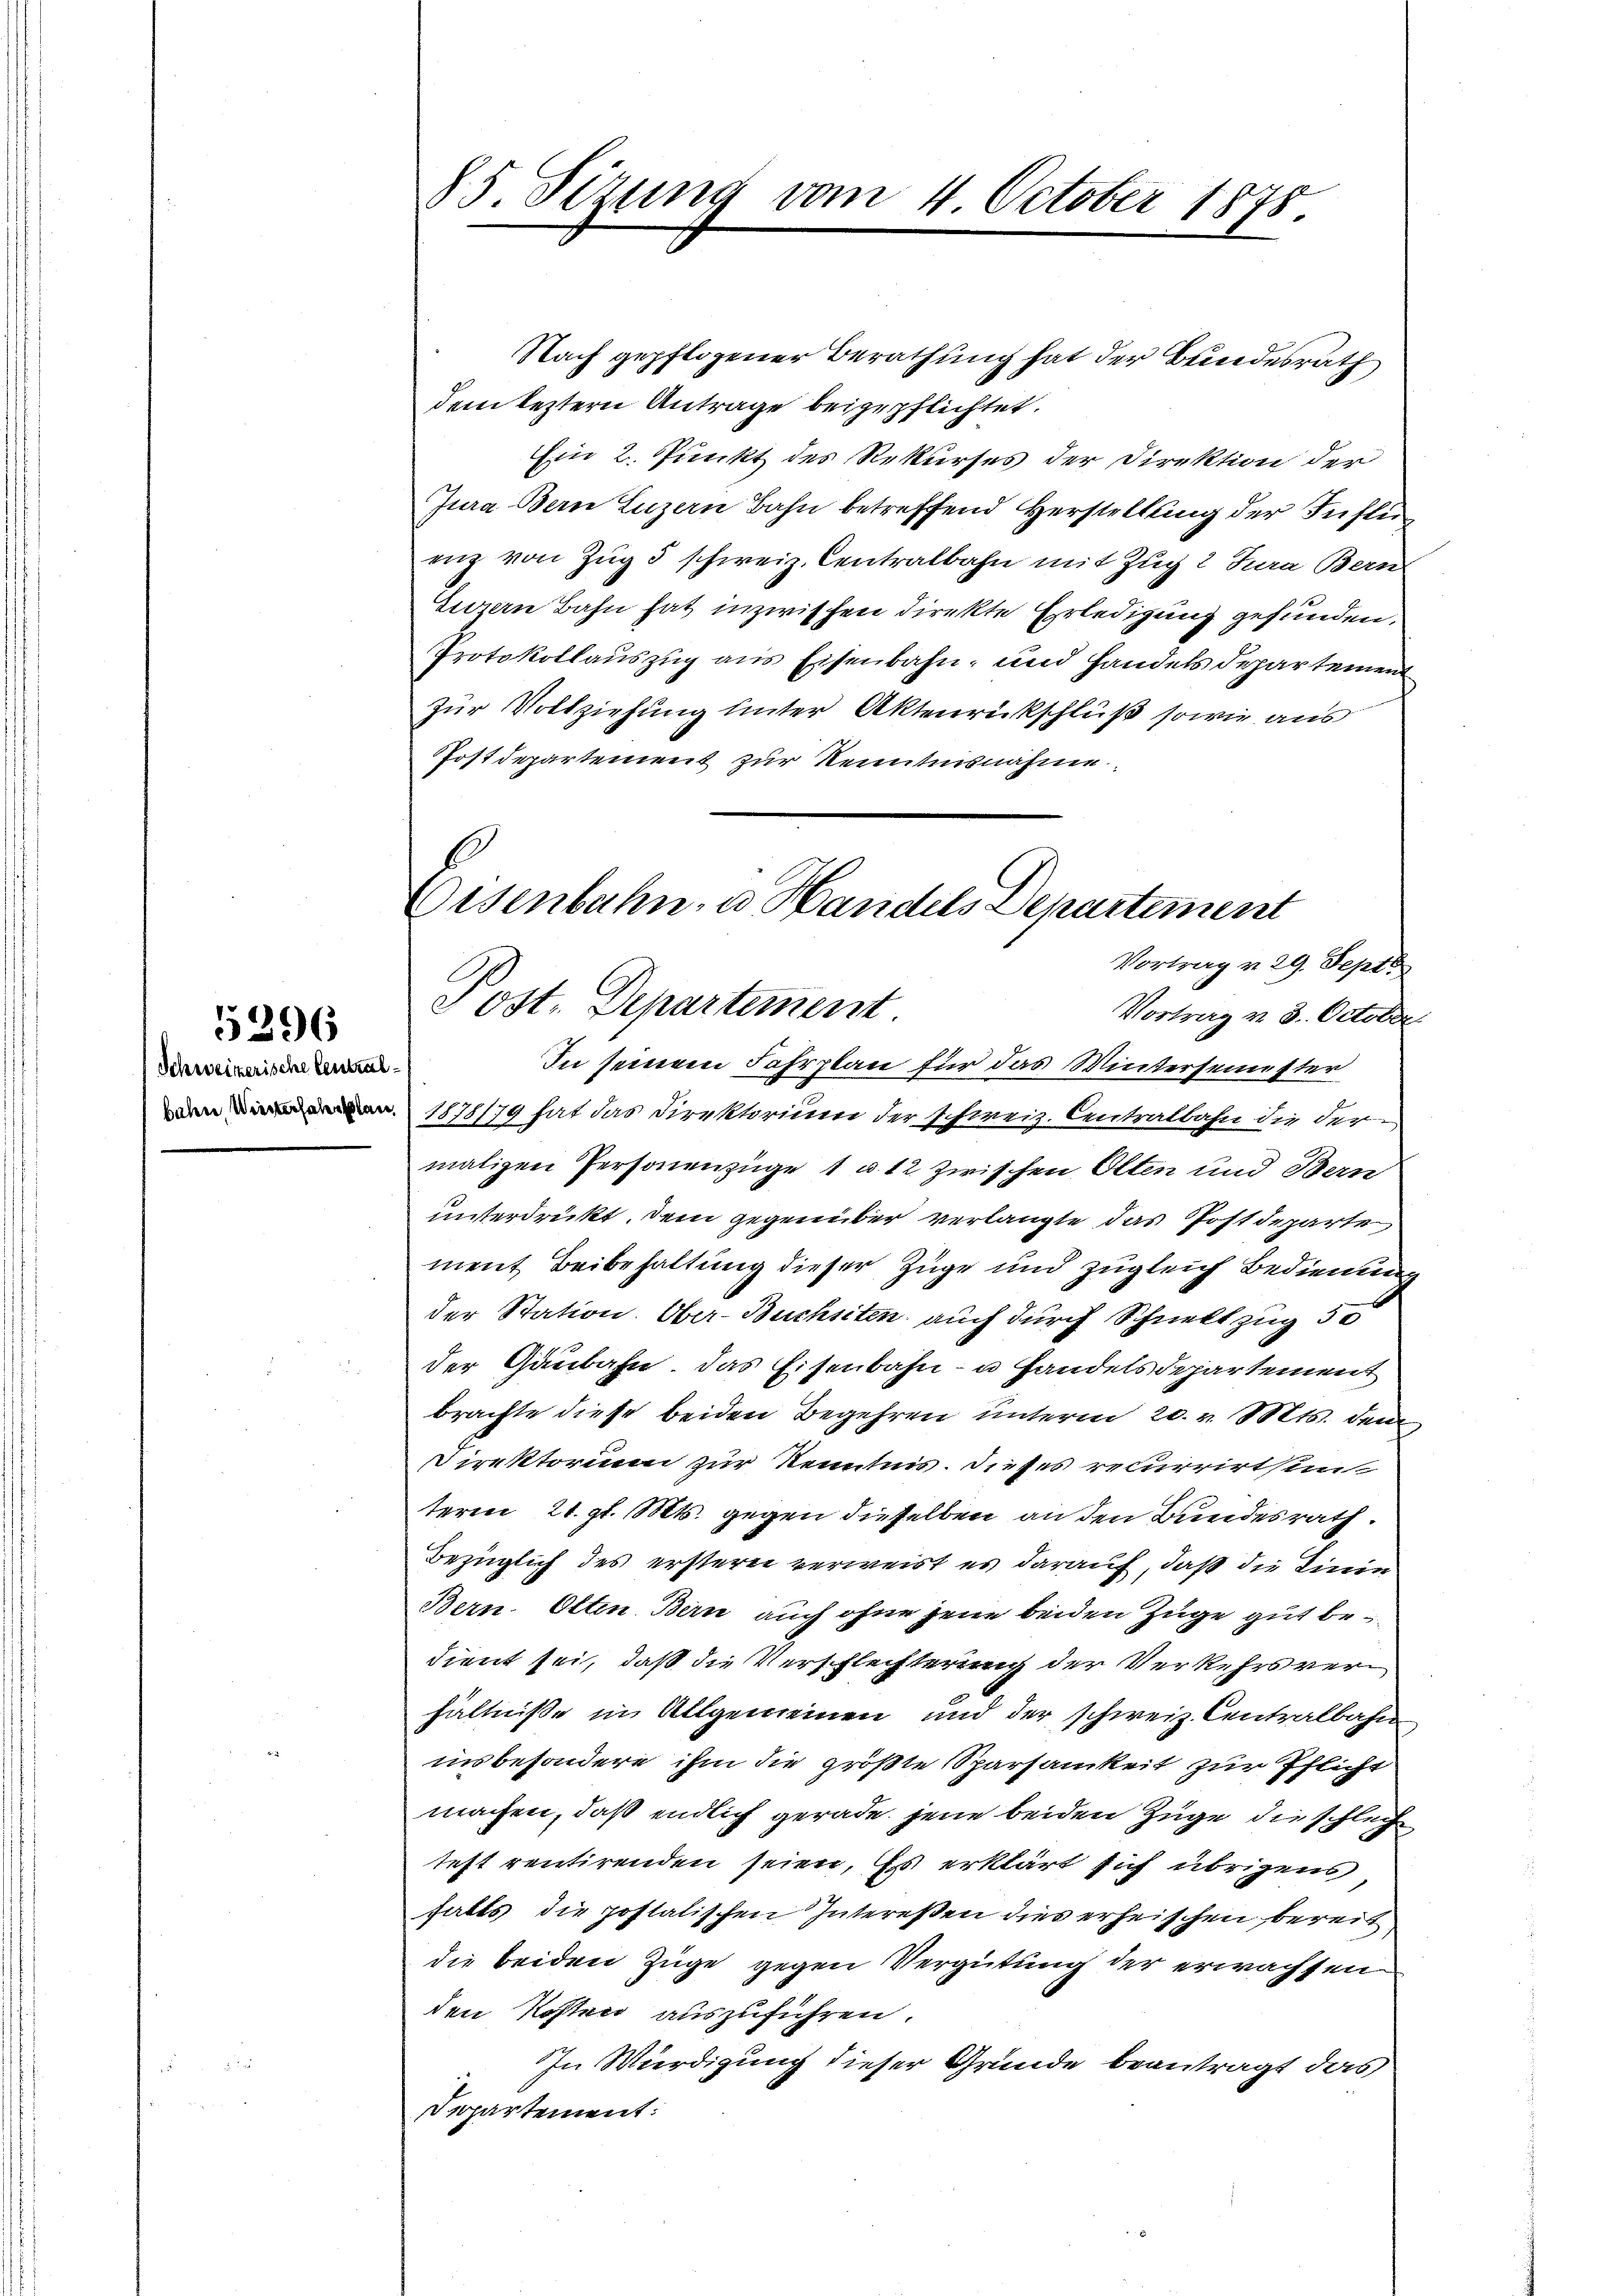
Schweizerische Central
bahn Wiesterhabenslan

5396

85. Sizung vom 4. October 1875.

Nach gepflogener Berathung hat der Bundesrath
dem leztern Antrage beigepflichtet.
Ein 2. Punkt des Rekurses der Direktion der
Jura Bern Luzern Bahn betreffend Herstellung der Influ
enz von Zug 3 schweiz. Centralbahn mit Zug 2 Jura Bern
Livrern Bahn hat inzwischen direkte Erledigung gefunden,
Protokollauszug aus Eisenbahn- und Handels departement
zur Vollziehung unter Aktenrückschluß sowie aus
Postdepartement zur Kenntnisnahme
1878179 hat das Direktorium der schweiz. Centralbahn die der
maligen Personenzüge 1 u 12 zwischen Olten und Ban
unterdrückt, dem gegenüber verlangte das Postdeparte
ment Beibehaltung dieser Züge und zugleich Bedienung
der Station. Ober-Buchsten auch durch Schnellzug 50
der Gaubahn. Das Eisenbahn- u Handels Departement
brachte diese beiden Begehren unterm 20. v. Mts. den
Direktorium zur Kenntnis dieses recurrirten
teren 21. gl. Mts. gegen dieselben an den Bundesrath.
Bezüglich des erstern verweist es darauf, daß die Linie
Bern. Olten. Bern auch ohne jene beiden Zuge gut bedient sei, daß die Verschlechterung der Verkehrs verhältniße in Allgemeinen und der schweiz. Centralbahn
insbesondere ihm die größte Sparsamkeit zur Pflicht
machen, daß endlich gerade jene beiden Züge die schlech
teft rentirenden seien, Es erklärt sich übrigens
falls die postatischen Intereßen dies erheischen bereit
die beiden Züge gegen Vergütung der erwachsen
den Kosten auszuführen.
In Würdigung dieser Grunde beantragt das
Departement:

Eisenbahn, u. Handels Departement
Vortrag v. 29. Septb
Post. Departement.
Vortrag v. 3. October
In seinem Fahrplan für das Wintersemester